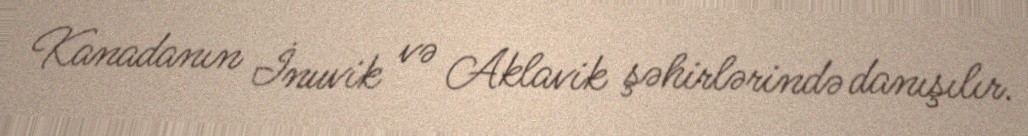
Kanadanın İnuvik və Aklavik şəhirlərində danışılır.